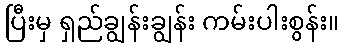
ပြီးမှ ရှည်ချွန်းချွန်း ကမ်းပါးစွန်း။